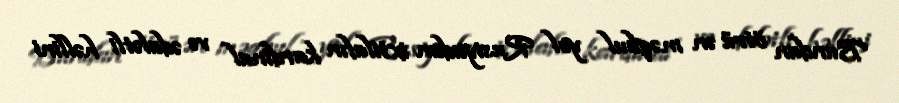
Bundan ötrü ən məqbul yol Rusiyadan ixtilafın kardinal və ədalətli həllini